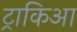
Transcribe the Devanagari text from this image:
ट्राकिआ